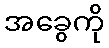
အခွေကို